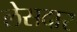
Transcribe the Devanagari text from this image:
लेसदार